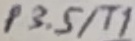
Text: P3.5/T1